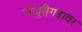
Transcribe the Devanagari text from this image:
जेजुरीगडावर